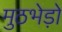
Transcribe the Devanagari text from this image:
मुठभेड़ो